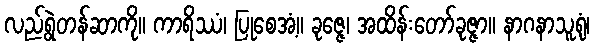
လည်ရွဲတန်ဆာကို။ ကာရိဿံ၊ ပြုစေအံ့။ ခုဇ္ဇေ၊ အထိန်းတော်ခုဇ္ဇာ။ နာဂနာသူရုံ၊